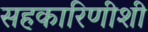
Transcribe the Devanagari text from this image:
सहकारिणीशी